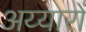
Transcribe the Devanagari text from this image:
अय्यारों